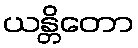
ယန္တိတော